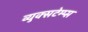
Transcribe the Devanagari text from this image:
व्युक्सटेम्प्स